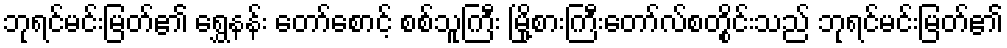
ဘုရင်မင်းမြတ်၏ ရွှေနန်း တော်စောင့် စစ်သူကြီး မြို့စားကြီးတော်လ်စတွိုင်းသည် ဘုရင်မင်းမြတ်၏